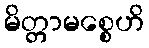
မိတ္တာမစ္စေဟိ